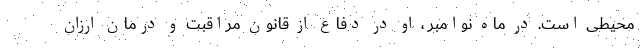
محیطی است. در ماه نوامبر ، او در دفاع از قانون مراقبت و درمان ارزان